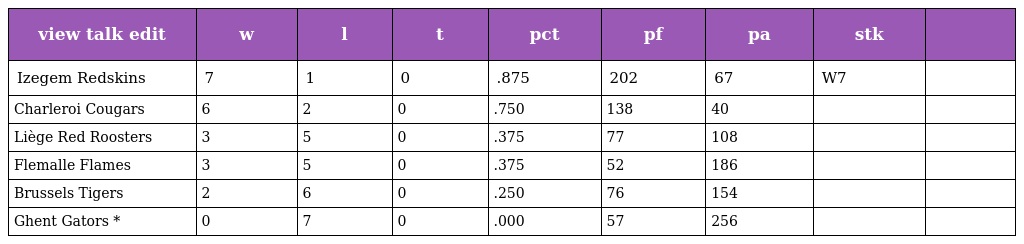
| view talk edit | w | l | t | pct | pf | pa | stk |  |
 | --- | --- | --- | --- | --- | --- | --- | --- | --- |
 | Izegem Redskins | 7 | 1 | 0 | .875 | 202 | 67 | W7 |  |
 | Charleroi Cougars | 6 | 2 | 0 | .750 | 138 | 40 |  |  |
 | Liège Red Roosters | 3 | 5 | 0 | .375 | 77 | 108 |  |  |
 | Flemalle Flames | 3 | 5 | 0 | .375 | 52 | 186 |  |  |
 | Brussels Tigers | 2 | 6 | 0 | .250 | 76 | 154 |  |  |
 | Ghent Gators * | 0 | 7 | 0 | .000 | 57 | 256 |  |  |